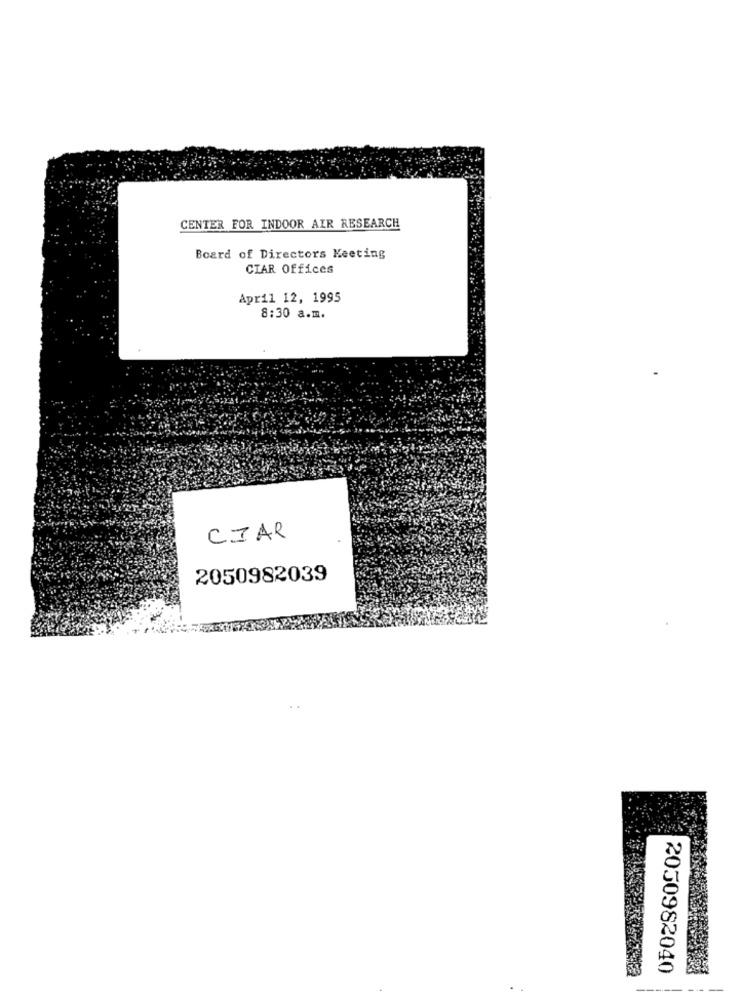
CENTER FOR INDOOR AIR RESEARCH
Board of Directors Meeting
CIAR Offices
April 12, 1995
8:30 a.m.
CIAR
2050982039
2050982040
-------